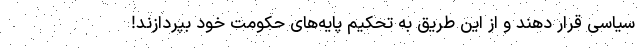
سیاسی قرار دهند و از این طریق به تحکیم پایه‌های حکومت خود بپردازند!